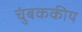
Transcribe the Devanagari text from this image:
चुंबककीय